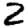
Digit: 2